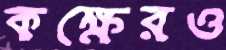
কক্ষেরও